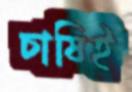
চাষিই